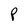
Character: P